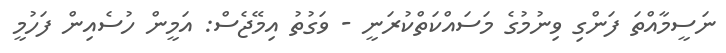
ނަސީމާއްތަ ފަންގި ވިނުމުގެ މަސައްކަތްކުރަނީ - ވަގުތު އިމޭޖެސް: އަމީން ހުސެއިން ފަހުމީ